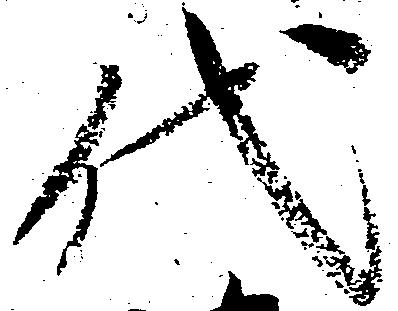
代